Annual administration report of the Civil Veterinary Department, Ajmere-Merwara, British Rajputana - 1914-1940
Year: 1914
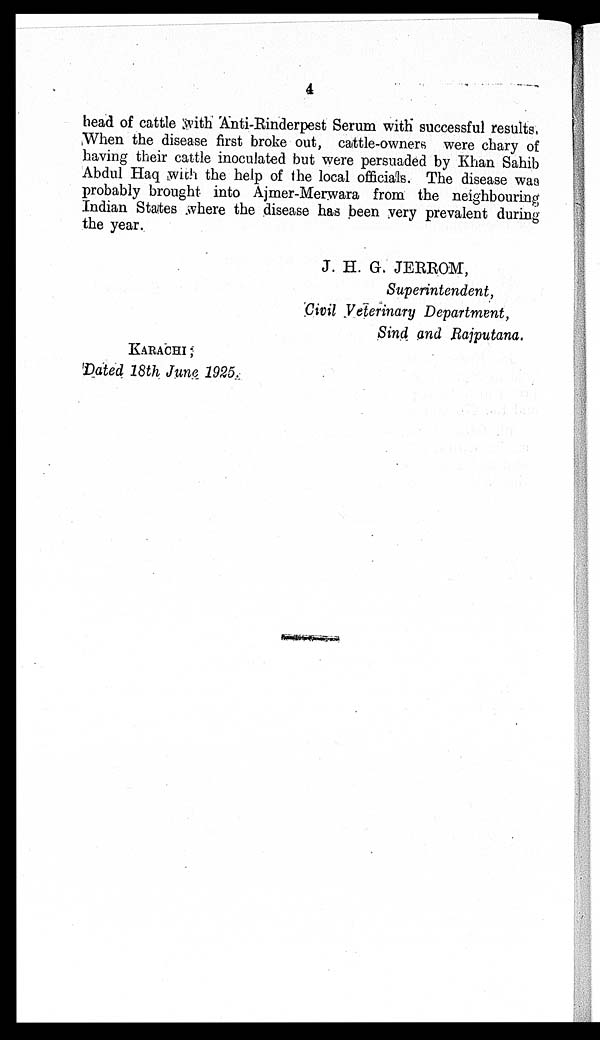
4
head of cattle with Anti-Rinderpest Serum with successful results,
When the disease first broke out, cattle-owners were chary of
having their cattle inoculated but were persuaded by Khan Sahib
Abdul Haq with the help of the local officials. The disease was
probably brought into Ajmer-Merwara from the neighbouring
Indian States where the disease has been very prevalent during
the year.
J. H. G. JERROM,
Superintendent,
Civil Veterinary Department,
Sind and Rajputana.
KARACHI ;
Dated 18th June 1925.